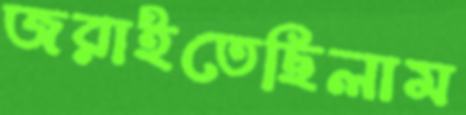
জরাইতেছিলাম